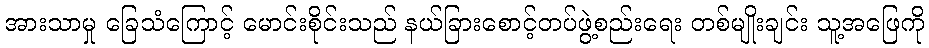
အားသာမှု ခြေသံကြောင့် မောင်းစိုင်းသည် နယ်ခြားစောင့်တပ်ဖွဲ့စည်းရေး တစ်မျိုးချင်း သူ့အဖြေကို